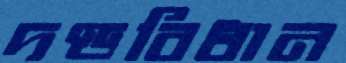
দণ্ডবিধান